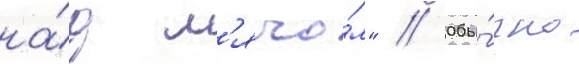
на́д м'ячо́м" // Обы́чно